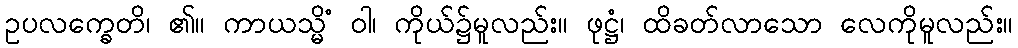
ဥပလက္ခေတိ၊ ၏။ ကာယသ္မိံ ဝါ၊ ကိုယ်၌မူလည်း။ ဖုဋ္ဌံ၊ ထိခတ်လာသော လေကိုမူလည်း။